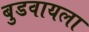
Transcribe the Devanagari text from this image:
बुडवायला